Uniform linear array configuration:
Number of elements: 8
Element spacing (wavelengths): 0.5
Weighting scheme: hamming
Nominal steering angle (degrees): -60
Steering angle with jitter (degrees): -59.687
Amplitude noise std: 0.05
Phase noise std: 0.05

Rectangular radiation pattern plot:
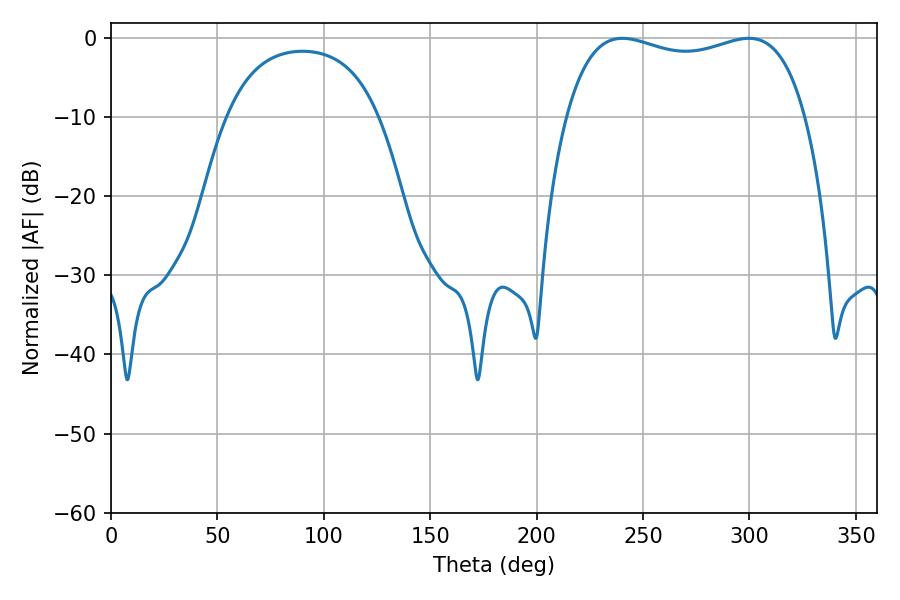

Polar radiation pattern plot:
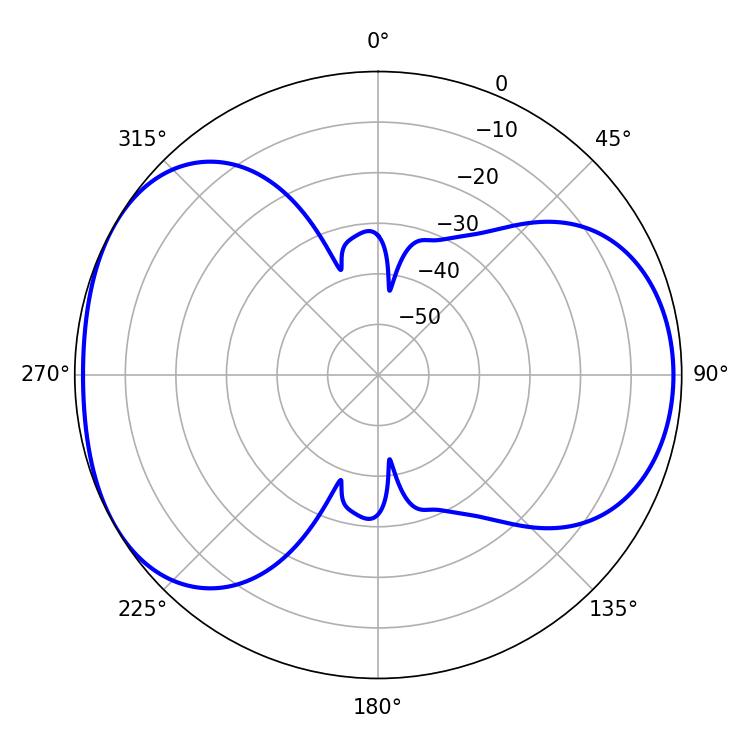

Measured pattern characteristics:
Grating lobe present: FALSE
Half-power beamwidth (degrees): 92.16
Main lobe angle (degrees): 240.3